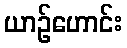
ယာဉ်ဟောင်း